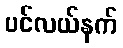
ပင်လယ်နက်